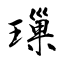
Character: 璅